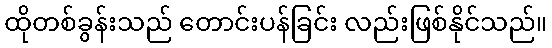
ထိုတစ်ခွန်းသည် တောင်းပန်ခြင်း လည်းဖြစ်နိုင်သည်။